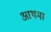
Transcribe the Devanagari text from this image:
आथमा